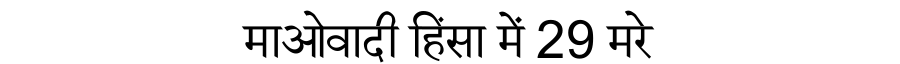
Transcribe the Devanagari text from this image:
माओवादी हिंसा में 29 मरे